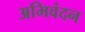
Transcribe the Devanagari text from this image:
अभिवंदन